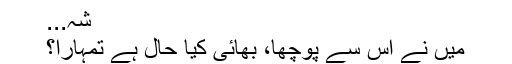
شہ...
میں نے اس سے پوچھا، بھائی کیا حال ہے تمہارا؟